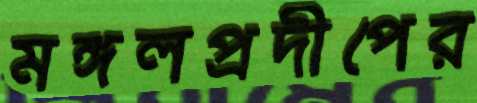
মঙ্গলপ্রদীপের